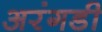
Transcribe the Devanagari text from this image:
अरंगडी